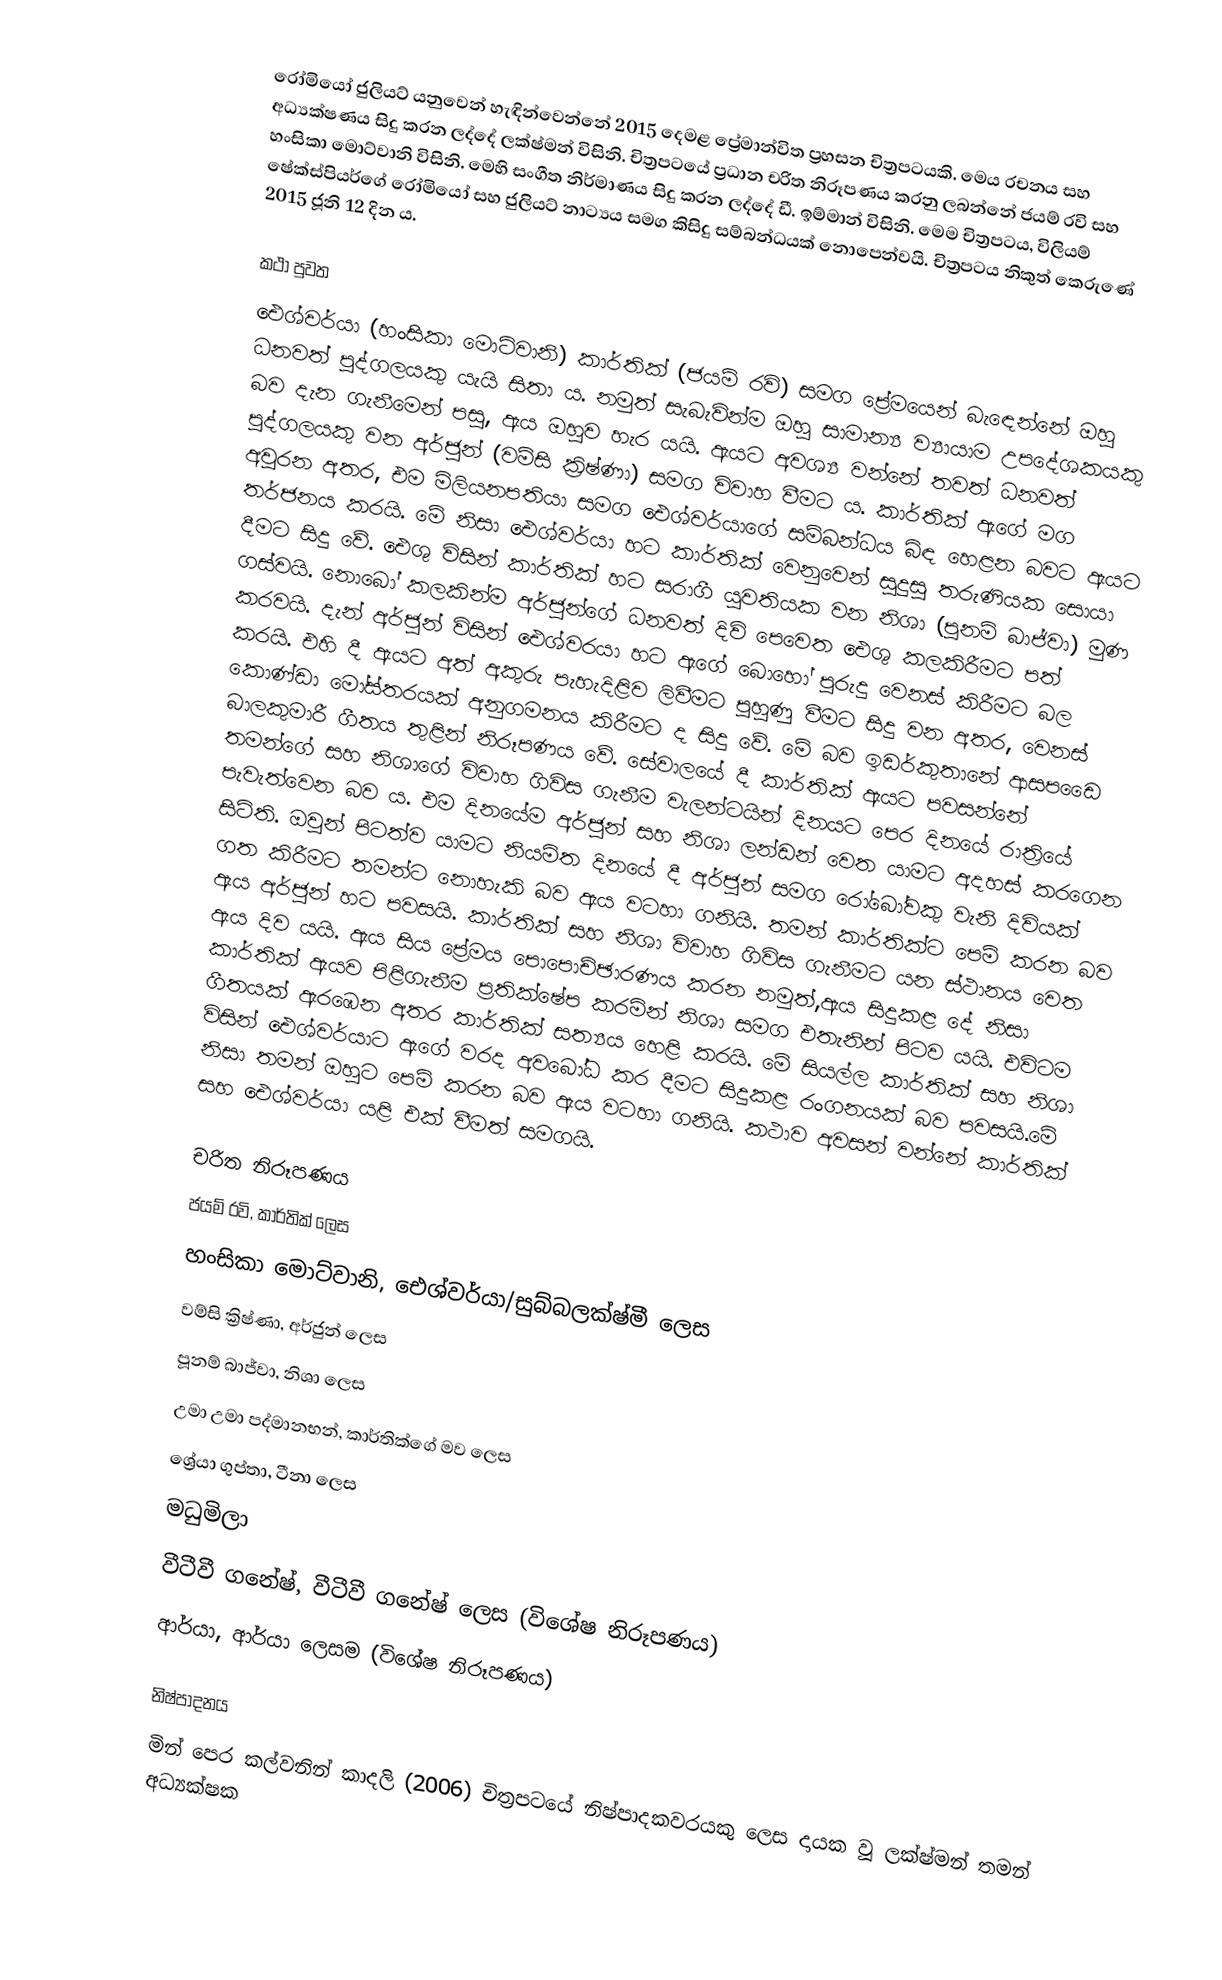
රෝමියෝ ජුලියට් යනුවෙන් හැඳින්වෙන්නේ 2015 දෙමළ ප්‍රේමාන්විත ප්‍රහසන චිත්‍රපටයකි. මෙය රචනය සහ අධ්‍යක්ෂණය සිදු කරන ලද්දේ ලක්ෂ්මන් විසිනි. චිත්‍රපටයේ ප්‍රධාන චරිත නිරූපණය කරනු ලබන්නේ ජයම් රවි සහ හංසිකා මොට්වානි විසිනි. මෙහි සංගීත නිර්මාණය සිදු කරන ලද්දේ ඩී. ඉම්මාන් විසිනි. මෙම චිත්‍රපටය, විලියම් ෂේක්ස්පියර්ගේ රෝමියෝ සහ ජුලියට් නාට්‍යය සමග කිසිදු සම්බන්ධයක් නොපෙන්වයි. චිත්‍රපටය නිකුත් කෙරුණේ 2015 ජූනි 12 දින ය.

කථා පුවත
ඓශ්වර්යා (හංසිකා මොට්වානි) කාර්තික් (ජයම් රවි) සමග ප්‍රේමයෙන් බැ‍ඳෙන්නේ ඔහු ධනවත් පුද්ගලයකු යැයි සිතා ය. නමුත් සැබැවින්ම ඔහු සාමාන්‍ය ව්‍යායාම උපදේශකයකු බව දැන ගැනීමෙන් පසු, ඇය ඔහුව හැර යයි. ඇයට අවශ්‍ය වන්නේ තවත් ධනවත් පුද්ගලයකු වන අර්ජුන් (වම්සි ක්‍රිෂ්ණා) සමග විවාහ වීමට ය. කාර්තික් ඇගේ මග අවුරන අතර, එම මිලියනපතියා සමග ඓශ්වර්යාගේ සම්බන්ධය බිඳ හෙළන බවට ඇයට තර්ජනය කරයි. මේ නිසා ඓශ්වර්යා හට කාර්තික් වෙනුවෙන් සුදුසු තරුණියක සොයා දීමට සිදු වේ. ඓශු විසින් කාර්තික් හට සරාගී යුවතියක වන නිශා (පූනම් බාජ්වා) මුණ ගස්වයි. නොබෝ කලකින්ම අර්ජුන්ගේ ධනවත් දිවි පෙවෙත ඓශු කලකිරීමට පත් කරවයි. දැන් අර්ජුන් විසින් ඓශ්වරයා හට ඇගේ බොහෝ පුරුදු වෙනස් කිරීමට බල කරයි. එහි දී ඇයට අත් අකුරු පැහැදිළිව ලිවීමට පුහුණු වීමට සිදු වන අතර, වෙනස් කොණ්ඩා මෝස්තරයක් අනුගමනය කිරීමට ද සිදු වේ. මේ බව ඉඩර්කුතානේ ආසපඩෛ බාලකුමාරී ගීතය තුළින් නිරූපණය වේ. සේවාලයේ දී කාර්තික් ඇයට පවසන්නේ තමන්ගේ සහ නිශාගේ විවාහ ගිවිස ගැනීම වැලන්ටයින් දිනයට පෙර දිනයේ රාත්‍රියේ පැවැත්වෙන බව ය. එම දිනයේම අර්ජුන් සහ නිශා ලන්ඩන් වෙත යාමට අදහස් කරගෙන සිටිති. ඔවුන් පිටත්ව යාමට නියමිත දිනයේ දී අර්ජුන් සමග රෝබෝවකු වැනි දිවියක් ගත කිරීමට තමන්ට නොහැකි බව ඇය වටහා ගනියි. තමන් කාර්තික්ට පෙම් කරන බව ඇය අර්ජුන් හට පවසයි. කාර්තික් සහ නිශා විවාහ ගිවිස ගැනීමට යන ස්ථානය වෙත ඇය දිව යයි. ඇය සිය ප්‍රේමය පොපොච්ඡාරණය කරන නමුත්,ඇය සිදුකළ දේ නිසා කාර්තික් ඇයව පිළිගැනීම ප්‍රතික්ෂේප කරමින් නිශා සමග එතැනින් පිටව යයි. එවිටම ගීතයක් ඇරඹෙන අතර කාර්තික් සත්‍යය හෙළි කරයි. මේ සියල්ල කාර්තික් සහ නිශා විසින් ඓශ්වර්යාට ඇගේ වරද අවබෝධ කර දීමට සිදුකළ රංගනයක් බව පවසයි.මේ නිසා තමන් ඔහුට පෙම් කරන බව ඇය වටහා ගනියි. කථාව අවසන් වන්නේ කාර්තික් සහ ඓශ්වර්යා යළි එක් වීමත් සමගයි.

චරිත නිරූපණය
 ජයම් රවි, කාර්තික් ලෙස
 හංසිකා මොට්වානි, ඓශ්වර්යා/සුබ්බලක්ෂ්මී ලෙස
 වම්සි ක්‍රිෂ්ණා, අර්ජුන් ලෙස
 පූනම් බාජ්වා, නිශා ලෙස
 උමා උමා පද්මානභන්, කාර්තික්ගේ මව ලෙස
 ශ්‍රේයා ගුප්තා, ටීනා ලෙස
 මධුමිලා
 වීටීවී ගනේෂ්, වීටීවී ගනේෂ් ලෙස (විශේෂ නිරූපණය)
 ආර්යා, ආර්යා ලෙසම (විශේෂ නිරූපණය)

නිෂ්පාදනය
මින් පෙර කල්වනින් කාදලි (2006) චිත්‍රපටයේ නිෂ්පාදකවරයකු ලෙස දායක වූ ලක්ෂ්මන් තමන් අධ්‍යක්ෂක